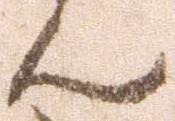
ん